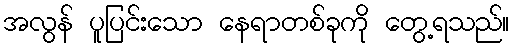
အလွန် ပူပြင်းသော နေရာတစ်ခုကို တွေ့ရသည်။